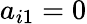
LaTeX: a_{i1}=0